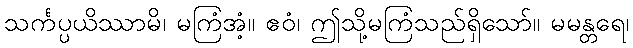
သင်္ကပ္ပယိဿာမိ၊ မကြံအံ့။ ဧဝံ၊ ဤသို့မကြံသည်ရှိသော်။ မမန္တရေ၊